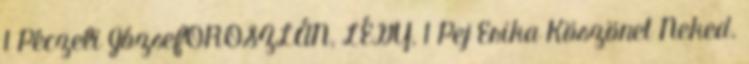
1 Péczeli JózsefOROSZLÁN, LÉGY, 1 Pej Erika Köszönet Neked.